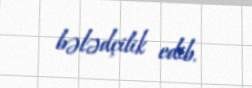
bələdçilik edib.